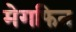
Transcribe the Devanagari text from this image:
मेगफिन